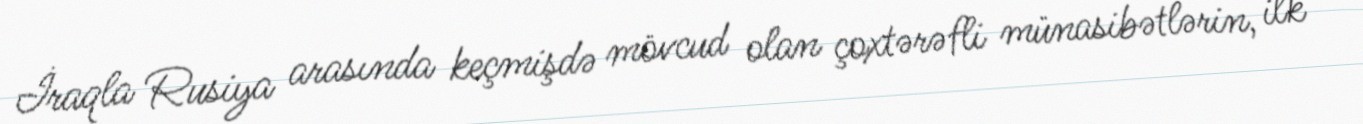
İraqla Rusiya arasında keçmişdə mövcud olan çoxtərəfli münasibətlərin, ilk